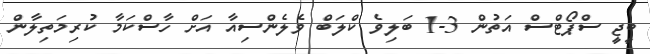
ބީޖީ ސްޕޯޓްސް އަތުން 3-1 ބަލިވެ ކްލަބް ވެލެންސިއާ އަށް ހާސްކަމާ ކުރިމަތިލާން